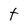
Character: t